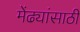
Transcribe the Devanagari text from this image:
मेंढ्यांसाठी